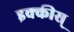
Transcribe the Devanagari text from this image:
इक्कीस्